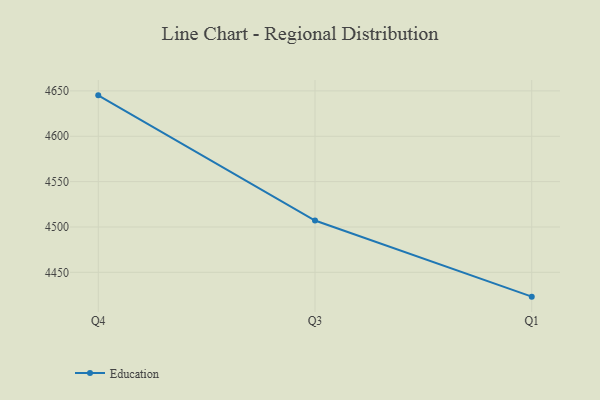
{"axis": {"x": "Quarter", "y": "Waste Production (Tons)"}, "legend": ["Education"], "data": [{"x": "Q4", "y": 4645.1, "type": "Education"}, {"x": "Q3", "y": 4507.1, "type": "Education"}, {"x": "Q1", "y": 4423.2, "type": "Education"}]}